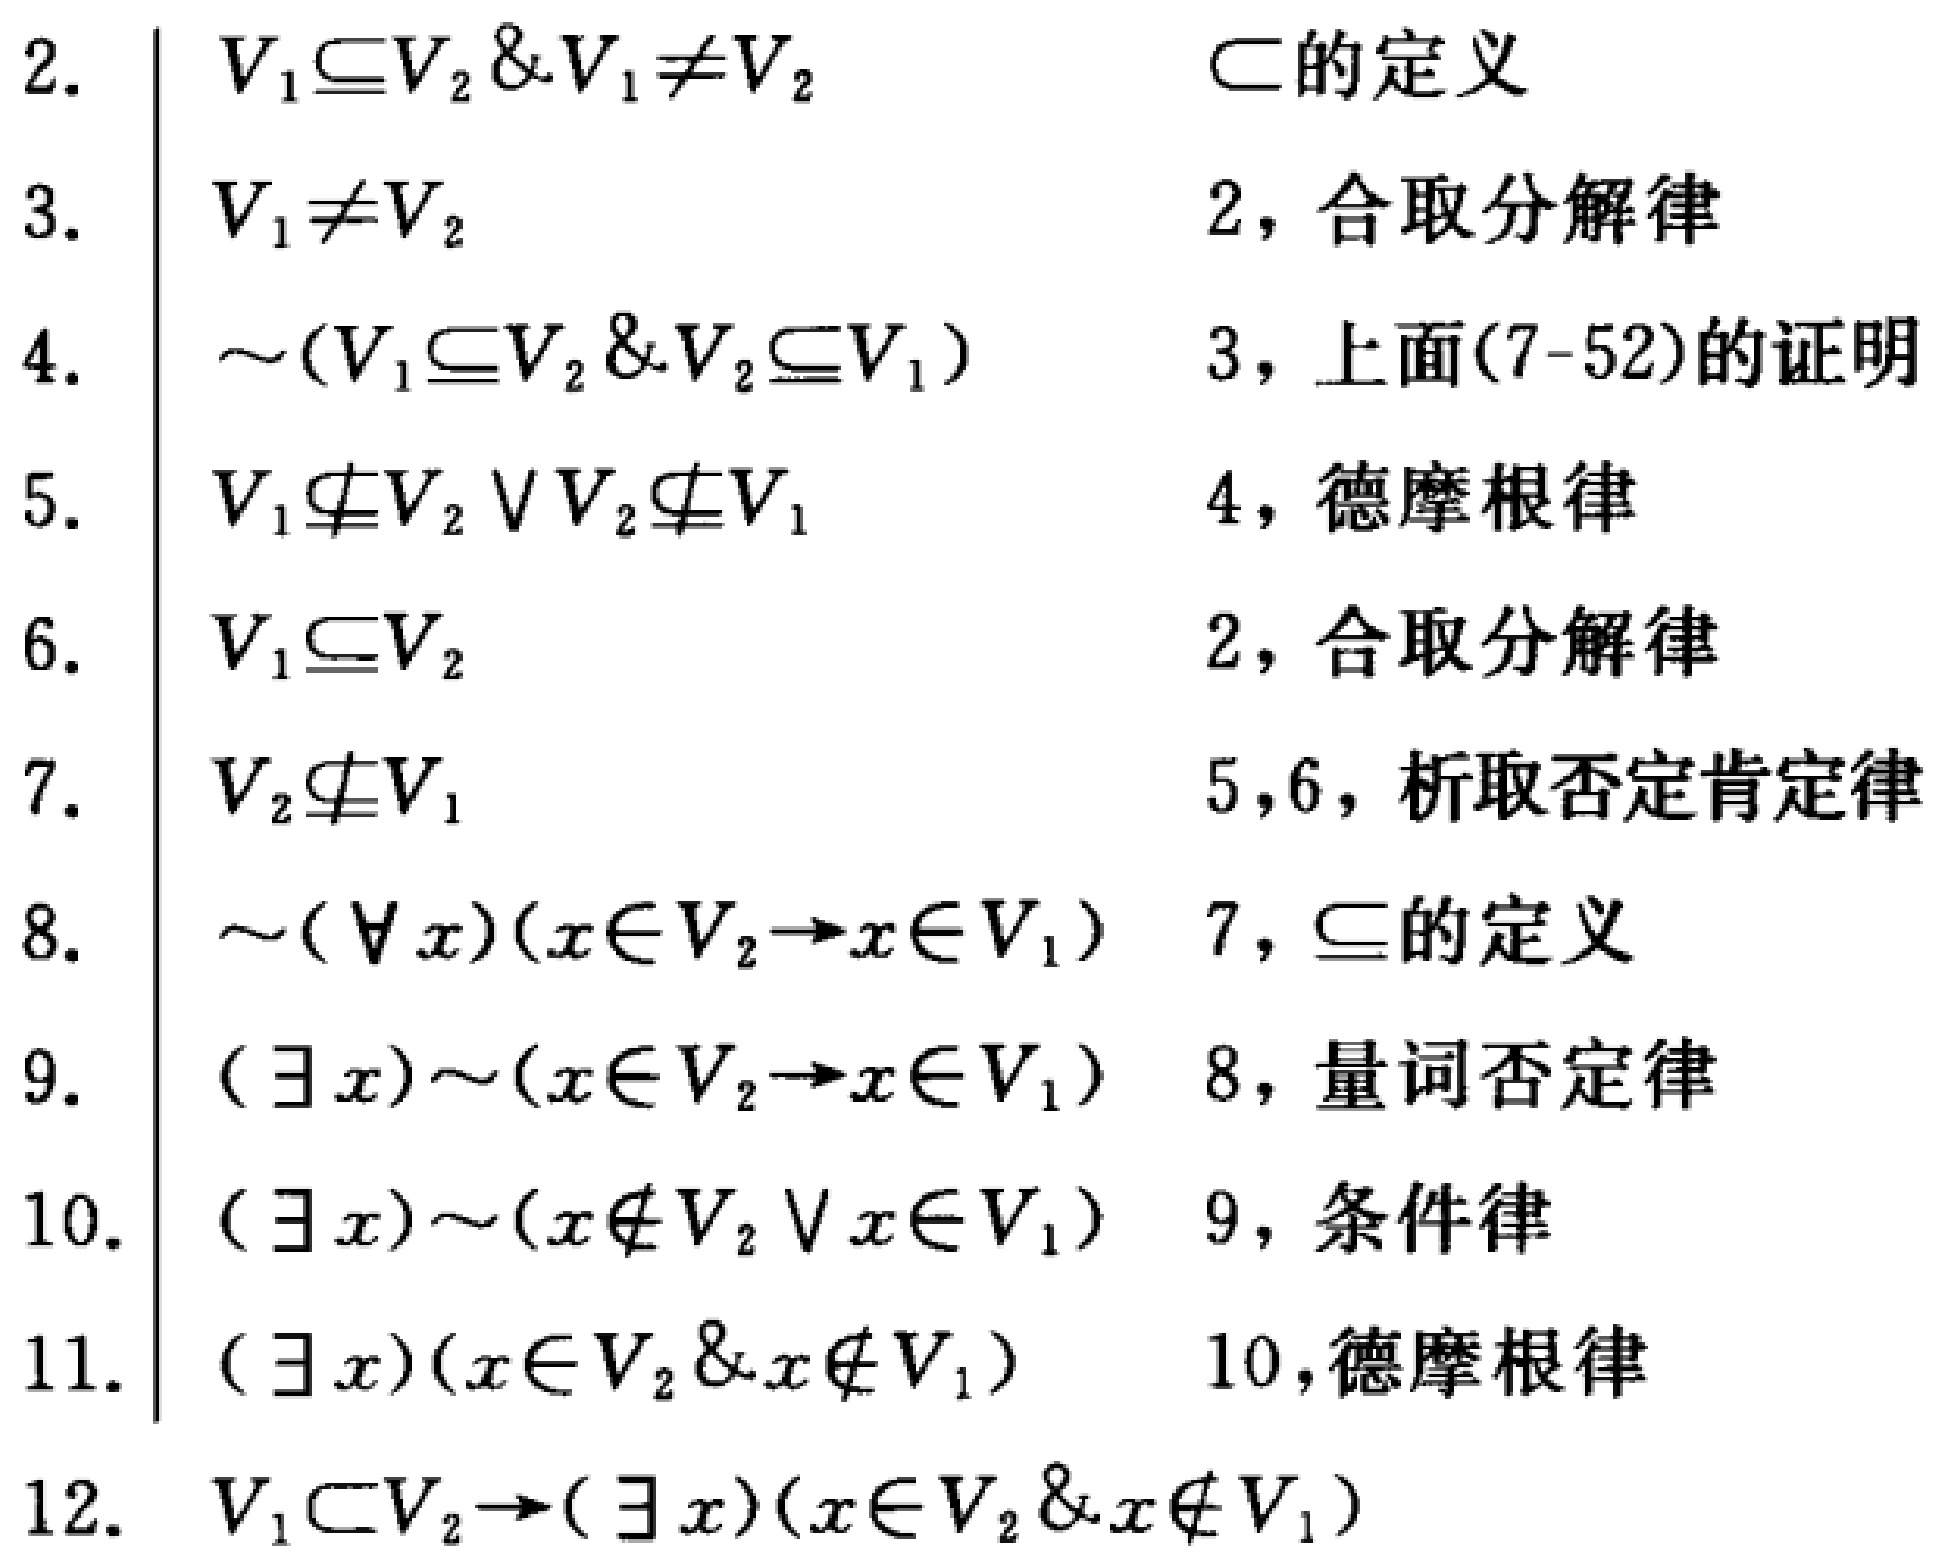
\begin{align*}
2.&\quad V_1\subseteq V_2 \& V_1\neq V_2&\quad&\text{$\subset$的定义}\\
3.&\quad V_1\neq V_2&\quad&\text{2，合取分解律}\\
4.&\quad\sim(V_1\subseteq V_2 \& V_2\subseteq V_1)&\quad&\text{3，上面(7 - 52)的证明}\\
5.&\quad V_1\nsubseteq V_2\vee V_2\nsubseteq V_1&\quad&\text{4，德摩根律}\\
6.&\quad V_1\subseteq V_2&\quad&\text{2，合取分解律}\\
7.&\quad V_2\nsubseteq V_1&\quad&\text{5,6，析取否定肯定律}\\
8.&\quad\sim(\forall x)(x\in V_2\rightarrow x\in V_1)&\quad&\text{7，$\subseteq$的定义}\\
9.&\quad(\exists x)\sim(x\in V_2\rightarrow x\in V_1)&\quad&\text{8，量词否定律}\\
10.&\quad(\exists x)\sim(x\notin V_2\vee x\in V_1)&\quad&\text{9，条件律}\\
11.&\quad(\exists x)(x\in V_2\&x\notin V_1)&\quad&\text{10,德摩根律}\\
12.&\quad V_1\subset V_2\rightarrow(\exists x)(x\in V_2\&x\notin V_1)&\quad&
\end{align*}